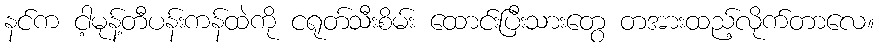
နင်က ငါ့မုန့်တီပန်းကန်ထဲကို ငရုတ်သီးစိမ်း ထောင်းပြီးသားတွေ တအားထည့်လိုက်တာလေ။